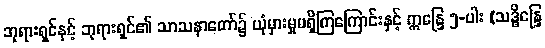
ဘုရားရှင်နှင့် ဘုရားရှင်၏ သာသနာတော်၌ ယုံမှားမှုမရှိကြကြောင်းနှင့် ဣန္ဒြေ ၅-ပါး (သဒ္ဓိန္ဒြေ